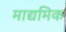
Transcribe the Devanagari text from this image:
माद्यमिक